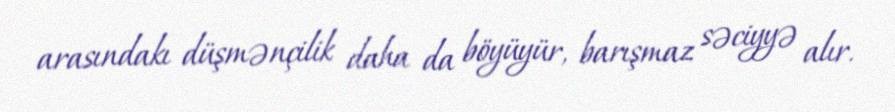
arasındakı düşmənçilik daha da böyüyür, barışmaz səciyyə alır.